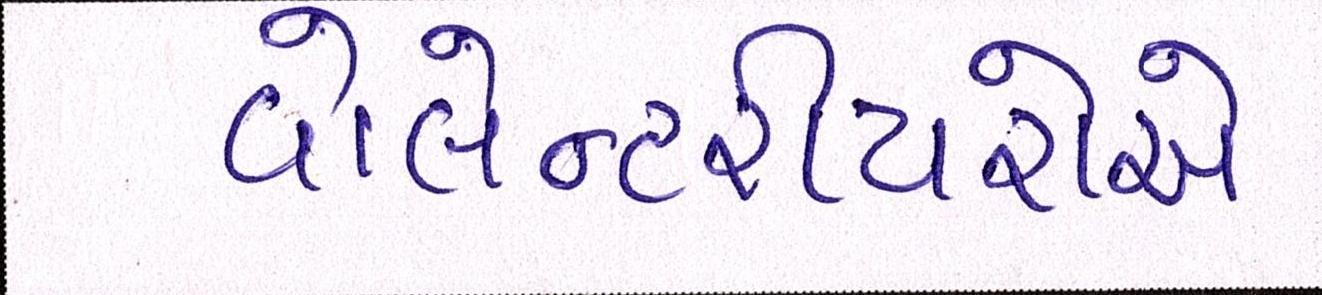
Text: વોલેન્ટરીયરોએ